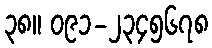
၃၈။ ၀၉၁-၂၃၄၅၆၇၈